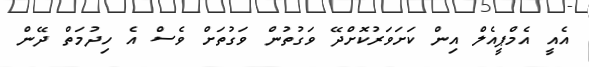
އެއީ އެމްޕީއެލް އިން ކަށަވަރުކޮށްދޭ ވަގުތުން ވަގުތަށް ވެސް އެ ހިދުމަތް ދޭން